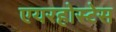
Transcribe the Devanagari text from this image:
एयरहोस्टेस